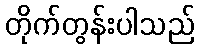
တိုက်တွန်းပါသည်